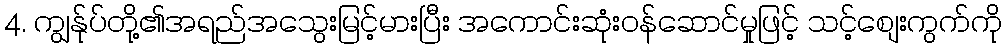
4. ကျွန်ုပ်တို့၏အရည်အသွေးမြင့်မားပြီး အကောင်းဆုံးဝန်ဆောင်မှုဖြင့် သင့်စျေးကွက်ကို